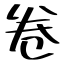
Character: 卷